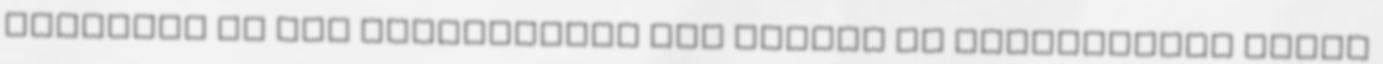
másrészt ha jól értelmeztem nem bújtál el harmadrészt mehet